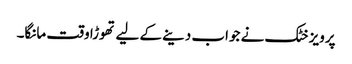
پرویز خٹک نے جواب دینے کے لیے تھوڑا وقت مانگا۔